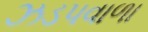
ઝડપવાળા